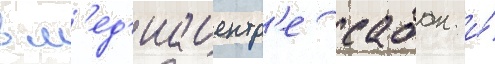
в м'ед'иацентр'е сабан и́